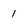
Character: 1